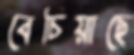
বেচিয়াছে